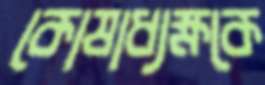
কোষাধ্যক্ষকে